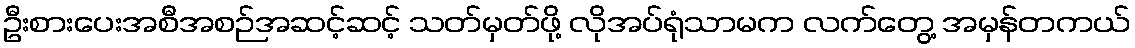
ဦးစားပေးအစီအစဉ်အဆင့်ဆင့် သတ်မှတ်ဖို့ လိုအပ်ရုံသာမက လက်တွေ့ အမှန်တကယ်